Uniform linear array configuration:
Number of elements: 16
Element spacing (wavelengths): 1
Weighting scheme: uniform
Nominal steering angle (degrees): -45
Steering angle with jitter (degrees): -44.459
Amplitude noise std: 0.05
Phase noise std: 0.05

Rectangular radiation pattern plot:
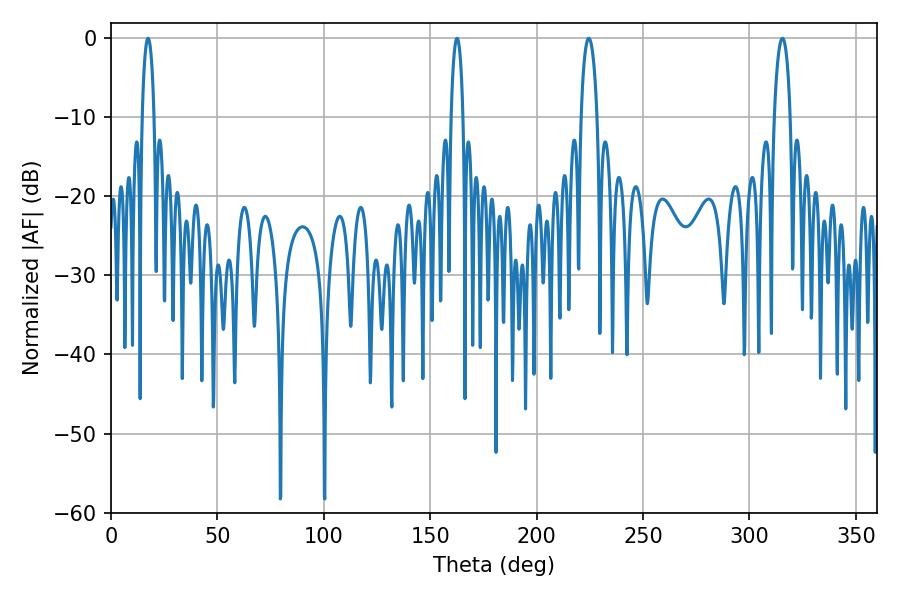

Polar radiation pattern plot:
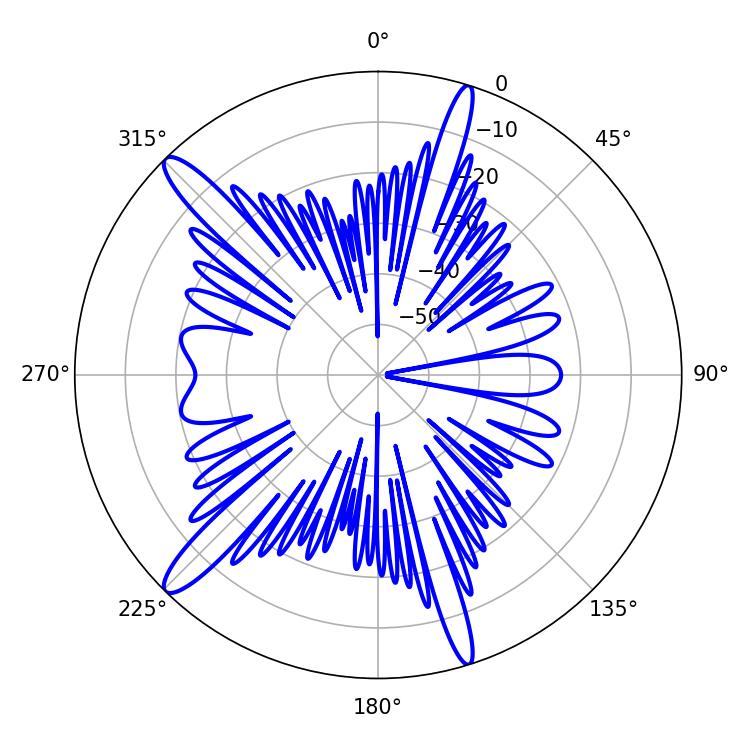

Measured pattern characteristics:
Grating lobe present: TRUE
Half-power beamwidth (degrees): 4.14
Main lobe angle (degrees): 224.46